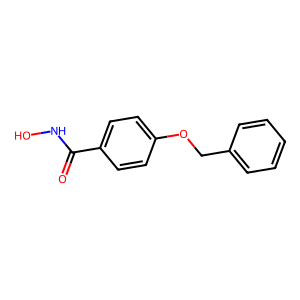
SMILES: O=C(NO)c1ccc(OCc2ccccc2)cc1
Inhibits HIV replication: No